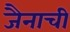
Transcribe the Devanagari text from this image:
जैनाची